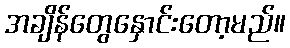
အချိန်တွေနှောင်းတော့မည်။